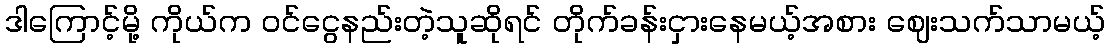
ဒါကြောင့်မို့ ကိုယ်က ၀င်ငွေနည်းတဲ့သူဆိုရင် တိုက်ခန်းငှားနေမယ့်အစား ဈေးသက်သာမယ့်